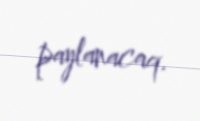
paylanacaq.